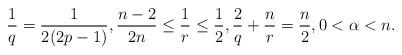
LaTeX: \begin{align*}\frac1q=\frac{1}{2(2p-1)}, \frac{n-2}{2n}\leq \frac1r \leq \frac12, \frac{2}q+\frac{n}{r}=\frac{n}{2}, 0<\alpha<n.\end{align*}